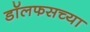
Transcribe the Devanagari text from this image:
डॉलफसच्या